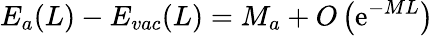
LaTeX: E_{a}(L)-E_{vac}(L)=M_{a}+O\left(\mathrm{e}^{-ML}\right)